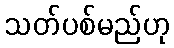
သတ်ပစ်မည်ဟု